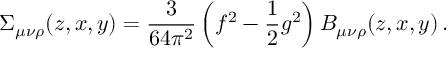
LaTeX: \Sigma _ { \mu \nu \rho } ( z , x , y ) = \frac { 3 } { 6 4 \pi ^ { 2 } } \left( f ^ { 2 } - \frac { 1 } { 2 } g ^ { 2 } \right) B _ { \mu \nu \rho } ( z , x , y ) \, .